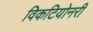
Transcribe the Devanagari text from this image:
विकटियोनरी